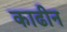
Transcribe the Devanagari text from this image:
काढीन